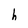
Character: h